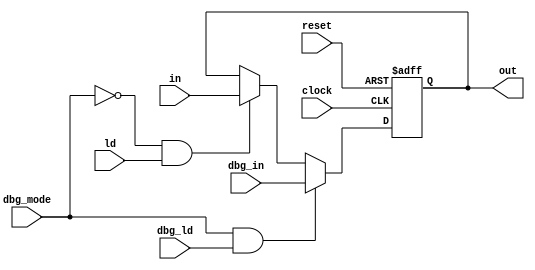

// @file reg32.v
// @breif 32
// @author Yusuke Matsunaga ( )
//
// Copyright (C) 2019 Yusuke Matsunaga
// All rights reserved.
//
// []
// 32
// PC, IR, A-reg, B-reg, C-reg 
//  dbg_in, dbg_ld 
// 
// 
// *  out 
// * 032'h0
// * 
//   - dbg_mode  1  dbg_ld 1 dbg_in 
//   - dbg_mode  0  ld 1 in 
//
// []
// clock:    ()
// reset:    (0)
// in:       (32)
// ld:       
// out:      (32)
// dbg_mode: 
// dbg_in:   
// dbg_ld:   
module reg32(input             clock,
	     input 	       reset,

	     input [31:0]      in,
	     input 	       ld,

	     output reg [31:0] out,

	     // 
	     input 	       dbg_mode,
	     input [31:0]      dbg_in,
	     input 	       dbg_ld);

   always @ ( posedge clock or negedge reset )
     if ( !reset )
       out <= 32'h0;
     else if ( dbg_mode && dbg_ld )
       out <= dbg_in;
     else if ( !dbg_mode && ld )
       out <= in;

endmodule // reg32